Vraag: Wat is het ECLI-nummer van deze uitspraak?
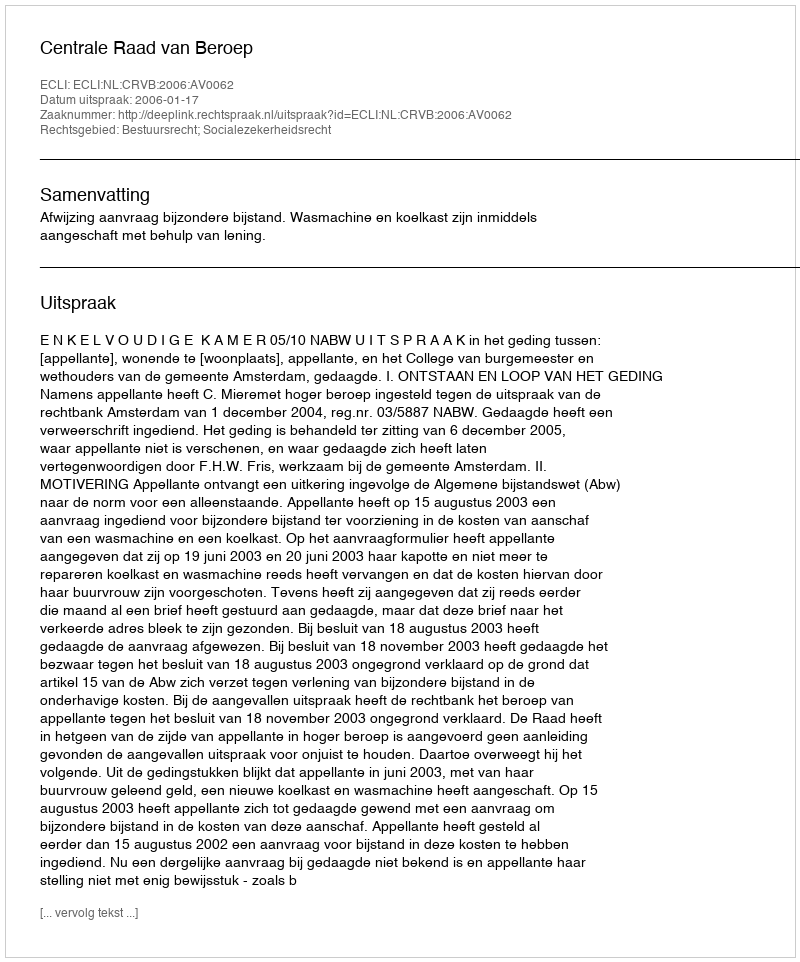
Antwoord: ECLI:NL:CRVB:2006:AV0062